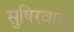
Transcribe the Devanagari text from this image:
सुषिरवाद्य